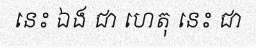
នេះ ឯង ជា ហេតុ នេះ ជា